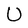
Character: U